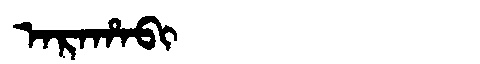
Manchu: ᠠᡵᠠᡥᠠᠪᡳ
Romanization: ARAHABI